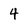
Character: 4